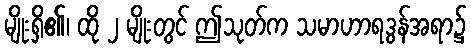
မျိုးရှိ၏၊ ထို ၂ မျိုးတွင် ဤသုတ်က သမာဟာရဒွန်အရာ၌